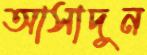
আসাদুন